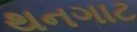
થનગાટ